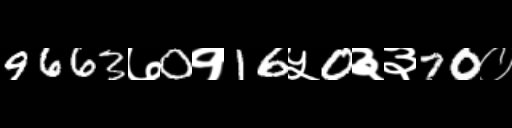
Text: 9663७0१16५0३३70०